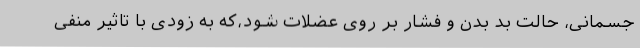
جسمانی، حالت بد بدن و فشار بر روی عضلات شود،که به زودی با تاثیر منفی